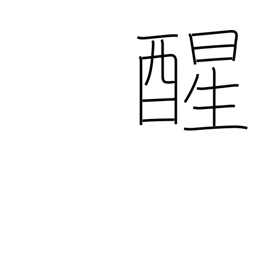
Meaning: awake